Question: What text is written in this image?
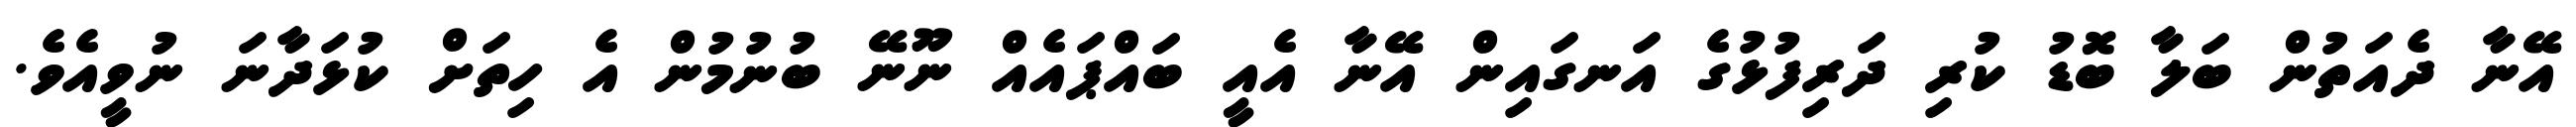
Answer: އޭނާ ދެއަތުން ބަލާ ބޮޑު ކުރި ދަރިފުޅުގެ އަނގައިން އޭނާ އެއީ ބައްޕައެއް ނޫނޭ ބުނުމުން އެ ހިތަށް ކުޅަދާނަ ނުވީއެވެ.